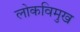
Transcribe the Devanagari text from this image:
लोकविमुख